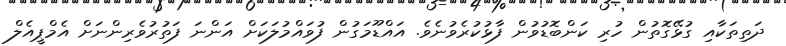
ދަތިތަކާއި ގުޅޭގޮތުން ހުރި ކަންބޮޑުވުން ފާޅުކުރެވުނެވެ. އައްޑޫމަގުން ފުވައްމުލަކަށް އަންނަ ފަތުރުވެރިންނަށް އެމްޕީއެލް